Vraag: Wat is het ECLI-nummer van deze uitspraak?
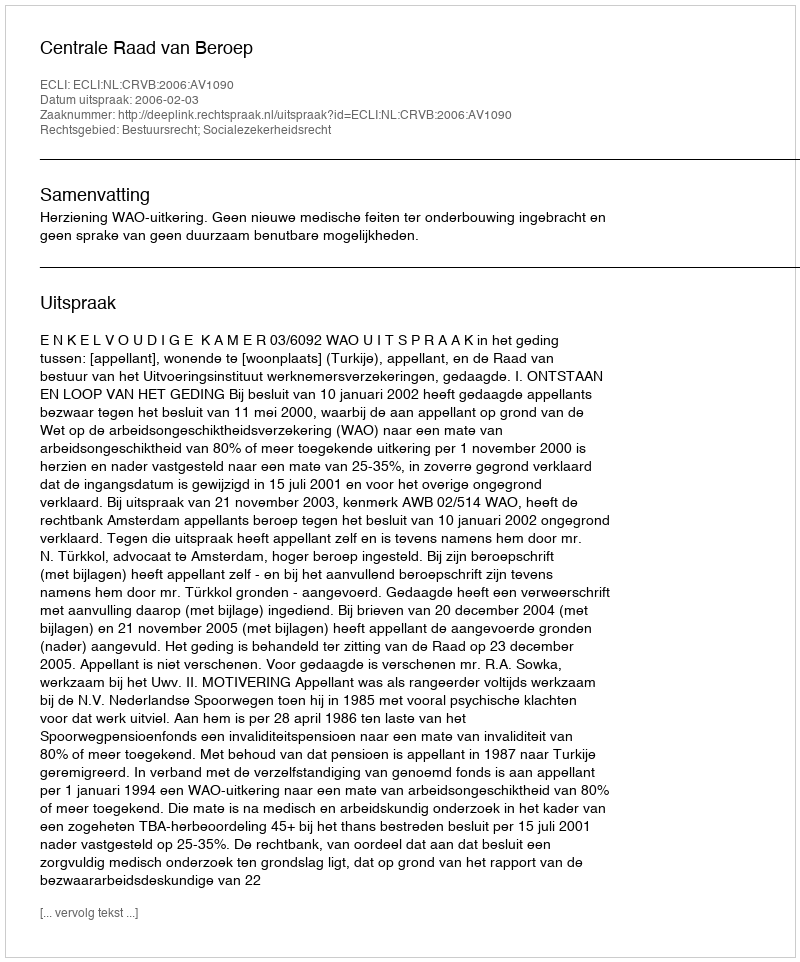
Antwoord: ECLI:NL:CRVB:2006:AV1090